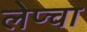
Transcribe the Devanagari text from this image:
लेप्‍चा